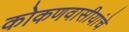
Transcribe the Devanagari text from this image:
कोकणवासीयांचे